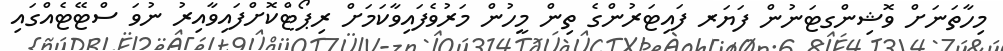
މިހާތަނަށް ވޮޝިންގޓަނުން ފަޔަރ ފައިޓަރުންގެ ތިން މީހުން މަރުވެފައިވާކަމަށް ރިޕޯޓްކޮށްފައިވާއިރު ނުވަ ސްޓޭޓެއްގައި